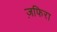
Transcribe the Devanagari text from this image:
ज़फिरा